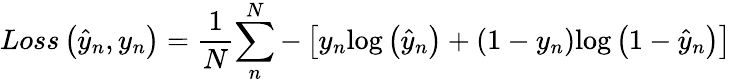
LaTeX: Loss\left({{\hat{y}}_{n},y_{n}}\right)=\frac{1}{N}{\sum_{n}^{N}{-\left\lbrack{y_{n}{\log\left({\hat{y}}_{n}\right)}+\left({1-y_{n}}\right){\log\left({1-{\hat{y}}_{n}}\right)}}\right\rbrack}}